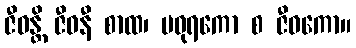
ဇီဝန္တိ ဇီဝနီ စာထ၊ မဓုရကော စ ဇီဝကော။